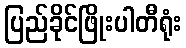
ပြည်ခိုင်ဖြိုးပါတီရုံး